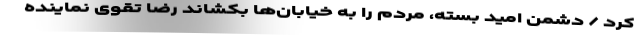
کرد / دشمن امید بسته، مردم را به خیابان‌ها بکشاند رضا تقوی نماینده